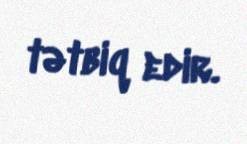
tətbiq edir.